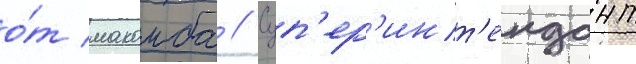
о́т макомба // Суп'ер'инт'ендант